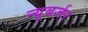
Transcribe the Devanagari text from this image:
न्यूबर्जर